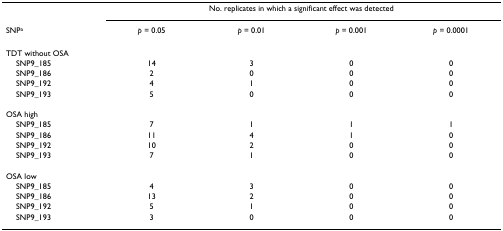
|  | <COLSPAN=4> No. replicates in which a significant effect was detected |
 | SNPa | p = 0.05 | p = 0.01 | p = 0.001 | p = 0.0001 |
 | --- | --- | --- | --- | --- |
 | TDT without OSA |  |  |  |  |
 | SNP9_185 | 14 | 3 | 0 | 0 |
 | SNP9_186 | 2 | 0 | 0 | 0 |
 | SNP9_192 | 4 | 1 | 0 | 0 |
 | SNP9_193 | 5 | 0 | 0 | 0 |
 | OSA high |  |  |  |  |
 | SNP9_185 | 7 | 1 | 1 | 1 |
 | SNP9_186 | 11 | 4 | 1 | 0 |
 | SNP9_192 | 10 | 2 | 0 | 0 |
 | SNP9_193 | 7 | 1 | 0 | 0 |
 | OSA low |  |  |  |  |
 | SNP9_185 | 4 | 3 | 0 | 0 |
 | SNP9_186 | 13 | 2 | 0 | 0 |
 | SNP9_192 | 5 | 1 | 0 | 0 |
 | SNP9_193 | 3 | 0 | 0 | 0 |